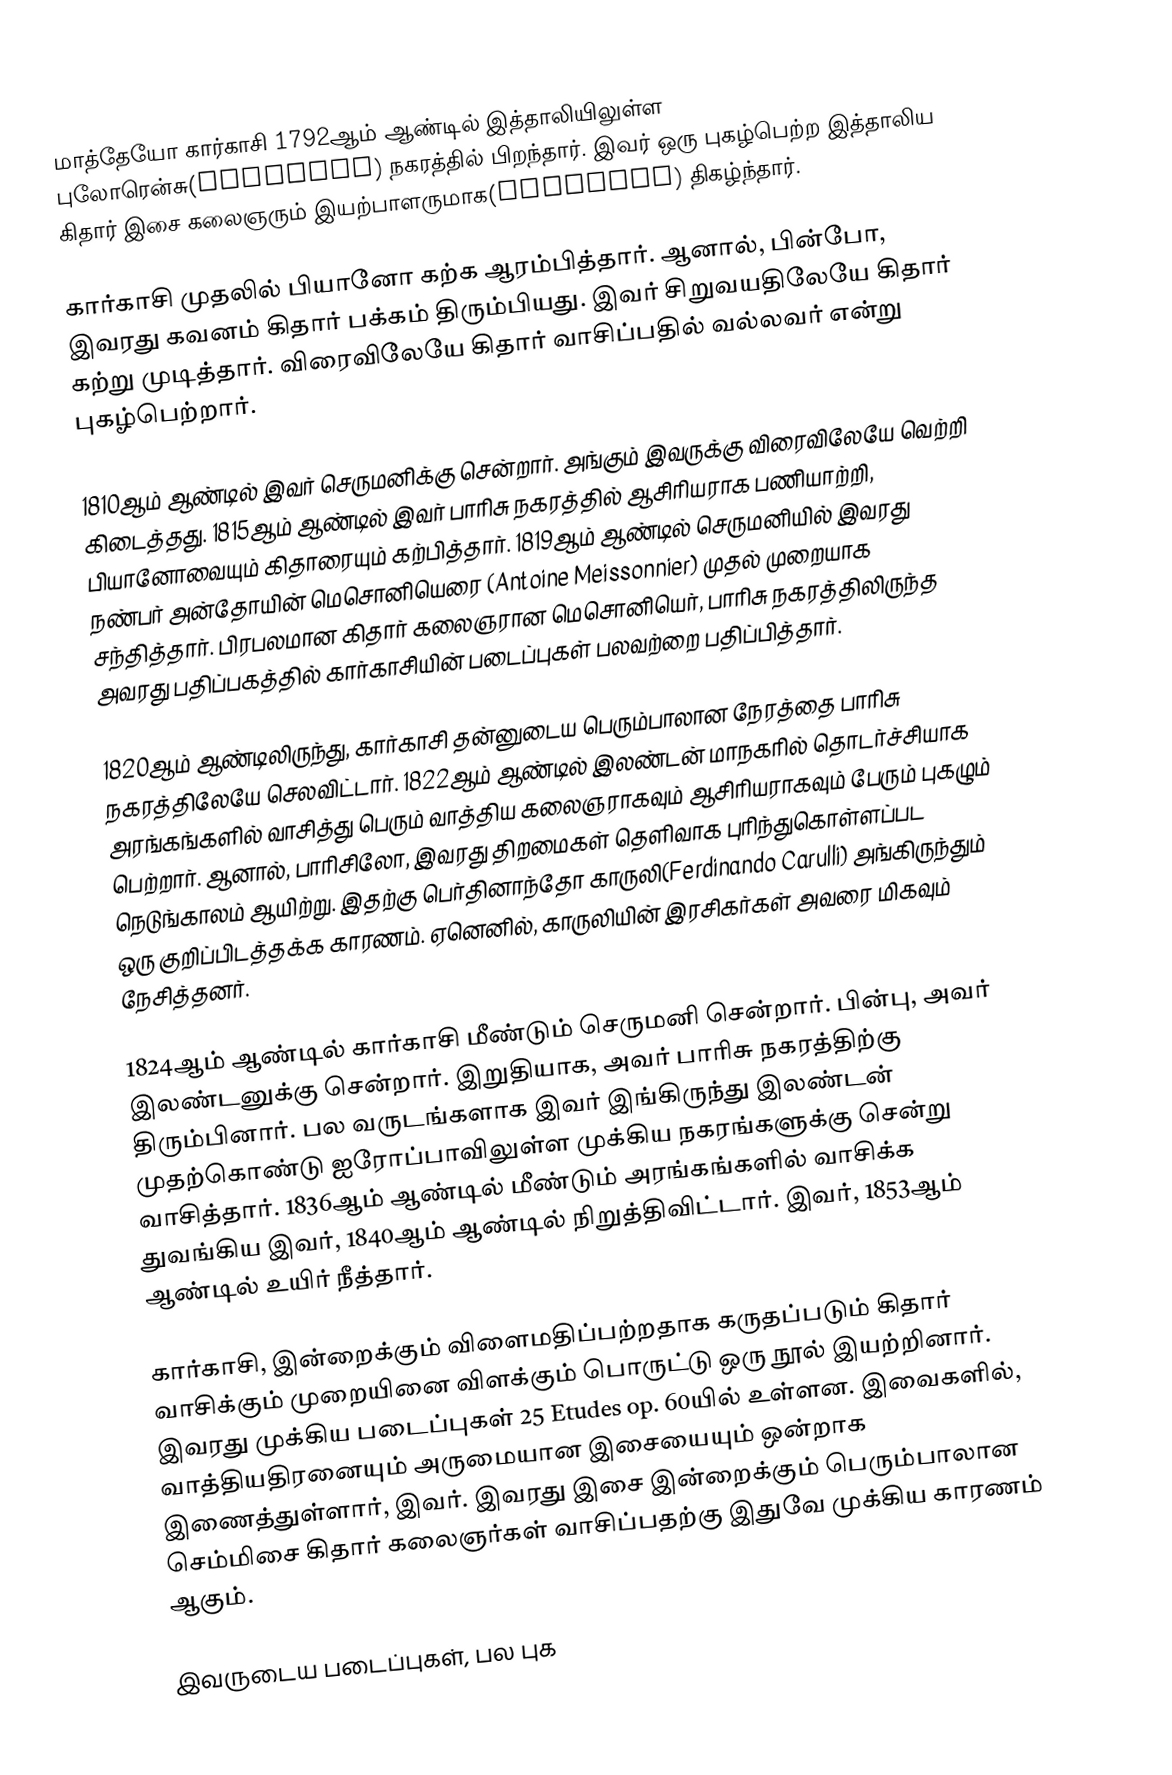
மாத்தேயோ கார்காசி 1792ஆம் ஆண்டில் இத்தாலியிலுள்ள புலோரென்சு(Florence) நகரத்தில் பிறந்தார். இவர் ஒரு புகழ்பெற்ற இத்தாலிய கிதார் இசை கலைஞரும் இயற்பாளருமாக(Composer) திகழ்ந்தார்.

கார்காசி முதலில் பியானோ கற்க ஆரம்பித்தார். ஆனால், பின்போ, இவரது கவனம் கிதார் பக்கம் திரும்பியது. இவர் சிறுவயதிலேயே கிதார் கற்று முடித்தார். விரைவிலேயே கிதார் வாசிப்பதில் வல்லவர் என்று புகழ்பெற்றார்.

1810ஆம் ஆண்டில் இவர் செருமனிக்கு சென்றார். அங்கும் இவருக்கு விரைவிலேயே வெற்றி கிடைத்தது. 1815ஆம் ஆண்டில் இவர் பாரிசு நகரத்தில் ஆசிரியராக பணியாற்றி, பியானோவையும் கிதாரையும் கற்பித்தார். 1819ஆம் ஆண்டில் செருமனியில் இவரது நண்பர் அன்தோயின் மெசொனியெரை (Antoine Meissonnier) முதல் முறையாக சந்தித்தார். பிரபலமான கிதார் கலைஞரான மெசொனியெர், பாரிசு நகரத்திலிருந்த அவரது பதிப்பகத்தில் கார்காசியின் படைப்புகள் பலவற்றை பதிப்பித்தார்.

1820ஆம் ஆண்டிலிருந்து, கார்காசி தன்னுடைய பெரும்பாலான நேரத்தை பாரிசு நகரத்திலேயே செலவிட்டார். 1822ஆம் ஆண்டில் இலண்டன் மாநகரில் தொடர்ச்சியாக அரங்கங்களில் வாசித்து பெரும் வாத்திய கலைஞராகவும் ஆசிரியராகவும் பேரும் புகழும் பெற்றார். ஆனால், பாரிசிலோ, இவரது திறமைகள் தெளிவாக புரிந்துகொள்ளப்பட நெடுங்காலம் ஆயிற்று. இதற்கு பெர்தினாந்தோ காருலி(Ferdinando Carulli) அங்கிருந்தும் ஒரு குறிப்பிடத்தக்க காரணம். ஏனெனில், காருலியின் இரசிகர்கள் அவரை மிகவும் நேசித்தனர்.

1824ஆம் ஆண்டில் கார்காசி மீண்டும் செருமனி சென்றார். பின்பு, அவர் இலண்டனுக்கு சென்றார். இறுதியாக, அவர் பாரிசு நகரத்திற்கு திரும்பினார். பல வருடங்களாக இவர் இங்கிருந்து இலண்டன் முதற்கொண்டு ஐரோப்பாவிலுள்ள முக்கிய நகரங்களுக்கு சென்று வாசித்தார். 1836ஆம் ஆண்டில் மீண்டும் அரங்கங்களில் வாசிக்க துவங்கிய இவர், 1840ஆம் ஆண்டில் நிறுத்திவிட்டார். இவர், 1853ஆம் ஆண்டில் உயிர் நீத்தார்.

கார்காசி, இன்றைக்கும் விளைமதிப்பற்றதாக கருதப்படும்  கிதார் வாசிக்கும் முறையினை விளக்கும் பொருட்டு ஒரு நூல் இயற்றினார். இவரது முக்கிய படைப்புகள் 25 Etudes op. 60யில் உள்ளன. இவைகளில், வாத்தியதிரனையும் அருமையான இசையையும் ஒன்றாக இணைத்துள்ளார், இவர். இவரது இசை இன்றைக்கும் பெரும்பாலான செம்மிசை கிதார் கலைஞர்கள் வாசிப்பதற்கு இதுவே முக்கிய காரணம் ஆகும்.

இவருடைய படைப்புகள், பல புக